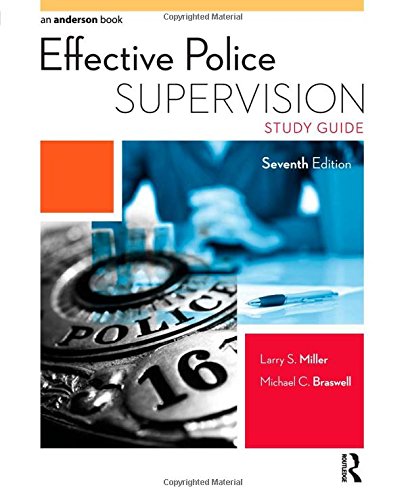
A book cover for Effective Police Supervision Study Guide; Larry S. Miller; Law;